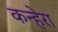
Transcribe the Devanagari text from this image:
कन्हेरा